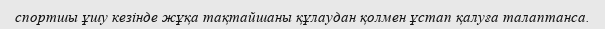
спортшы ұшу кезінде жұқа тақтайшаны құлаудан қолмен ұстап қалуға талаптанса.